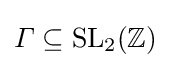
\varGamma \subseteq \mathrm {SL} _{2}(\mathbb {Z} )